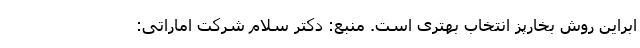
ابراین روش بخارپز انتخاب بهتری است. منبع: دکتر سلام شرکت اماراتی: